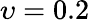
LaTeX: \upsilon=0.2